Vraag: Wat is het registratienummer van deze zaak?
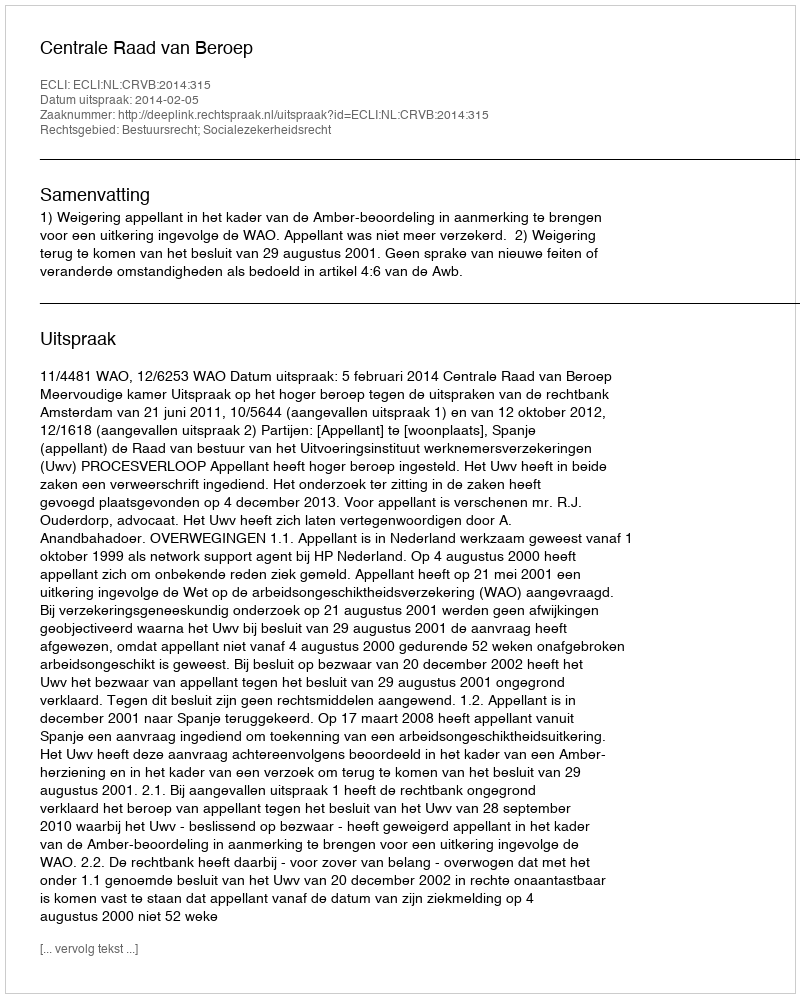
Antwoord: http://deeplink.rechtspraak.nl/uitspraak?id=ECLI:NL:CRVB:2014:315